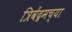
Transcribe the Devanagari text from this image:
त्रिवेंद्रमच्या